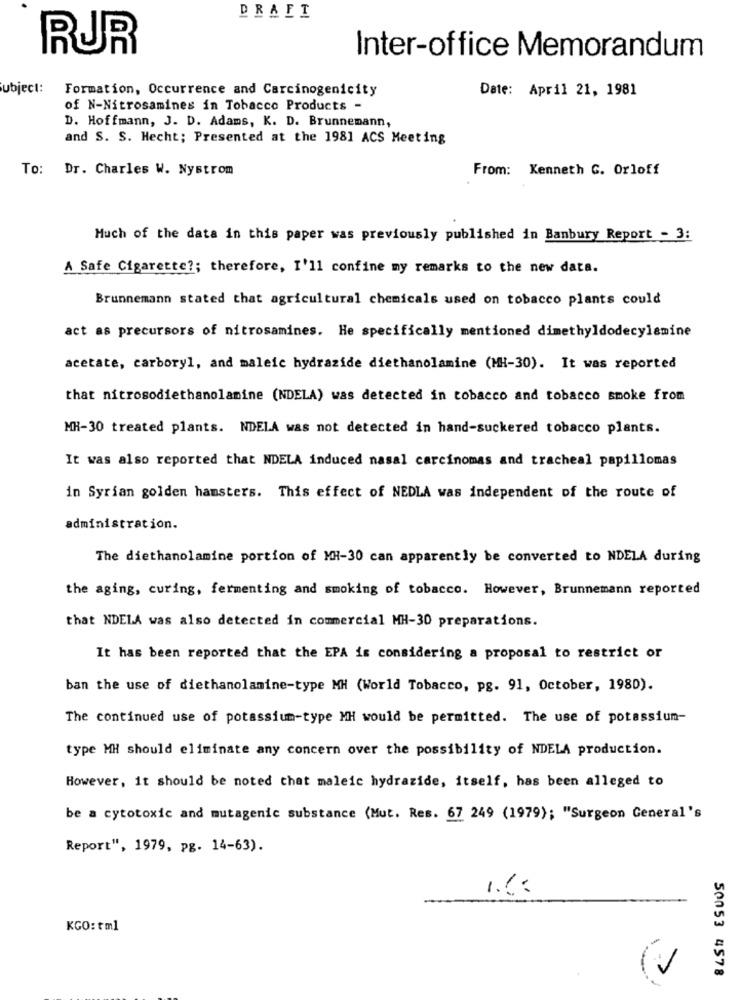
DRAFT
RUR
Inter-office Memorandum
Subject:
Formation, Occurrence and Carcinogenicity
Date: April 21, 1981
of N-Nitrosamines in Tobacco Products -
D. Hoffmann, J. D. Adams, K. D. Brunnemann,
and S. S. Hecht; Presented at the 1981 ACS Meeting
To: Dr. Charles W. Nystrom
From: Kenneth G. Orloff
Much of the data in this paper was previously published in Banbury Report - 3:
A Safe Cigarette ?; therefore, I'll confine my remarks to the new data.
Brunnemann stated that agricultural chemicals used on tobacco plants could
act as precursors of nitrosamines. He specifically mentioned dimethyldodecylamine
acetate, carboryl, and maleic hydrazide diethanolamine (MH-30). It was reported
that nitrosodiethanolamine (NDELA) was detected in tobacco and tobacco smoke from
MH-30 treated plants. NDELA was not detected in hand-suckered tobacco plants.
It was also reported that NDELA induced nasal carcinomas and tracheal papillomas
in Syrian golden hamsters. This effect of NEDLA was independent of the route of
administration.
The diethanolamine portion of MH-30 can apparently be converted to NDELA during
the aging, curing, fermenting and smoking of tobacco. However, Brunnemann reported
that NDELA was also detected in commercial MH-30 preparations.
It has been reported that the EPA is considering a proposal to restrict or
ban the use of diethanolamine-type MH (World Tobacco, pg. 91, October, 1980).
The continued use of potassium-type MH would be permitted. The use of potassium-
type MH should eliminate any concern over the possibility of NDELA production.
However, it should be noted that maleic hydrazide, itself, has been alleged to
be a cytotoxic and mutagenic substance (Mut. Res. 67 249 (1979); "Surgeon General's
Report", 1979, pg. 14-63).
KGO: tml
50053 4578